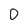
Character: 0